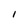
Character: l